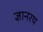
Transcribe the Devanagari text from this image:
ज्ञानरथ